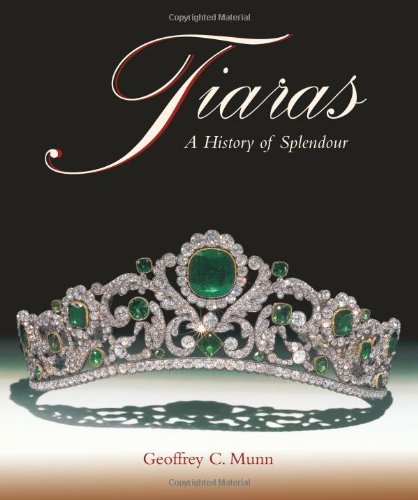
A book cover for Tiaras - A History of Splendour; Geoffrey C. Munn; Crafts, Hobbies & Home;